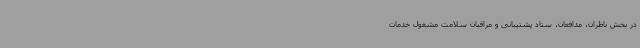
در بخش ناظران، مدافعان، ستاد پشتیبانی و مراقبان سلامت مشغول خدمات